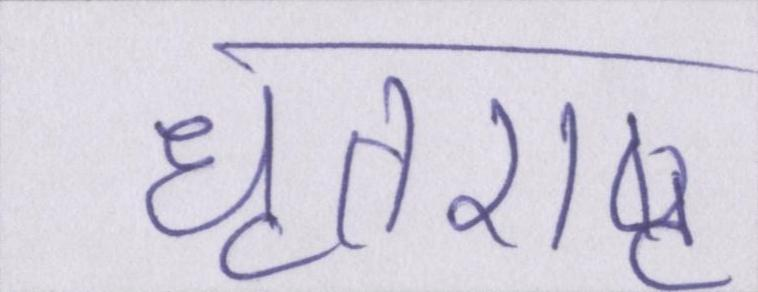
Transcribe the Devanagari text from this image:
धॄतराष्ट्र